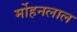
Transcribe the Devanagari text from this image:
र्मोहनलाल